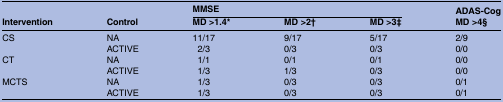
<table><thead><tr><td rowspan="2"><b>Intervention</b></td><td rowspan="2"><b>Control</b></td><td colspan="3"><b>MMSE</b></td><td><b>ADAS-Cog</b></td></tr><tr><td><b>MD &gt;1.4*</b></td><td><b>MD &gt;2†</b></td><td><b>MD &gt;3‡</b></td><td><b>MD &gt;4§</b></td></tr></thead><tbody><tr><td rowspan="2">CS</td><td>NA</td><td>11/17</td><td>9/17</td><td>5/17</td><td>2/9</td></tr><tr><td>ACTIVE</td><td>2/3</td><td>0/3</td><td>0/3</td><td>0/0</td></tr><tr><td rowspan="2">CT</td><td>NA</td><td>1/1</td><td>0/1</td><td>0/1</td><td>0/0</td></tr><tr><td>ACTIVE</td><td>1/3</td><td>1/3</td><td>0/3</td><td>0/0</td></tr><tr><td rowspan="2">MCTS</td><td>NA</td><td>1/3</td><td>0/3</td><td>0/3</td><td>0/1</td></tr><tr><td>ACTIVE</td><td>1/3</td><td>0/3</td><td>0/3</td><td>0/1</td></tr></tbody></table>